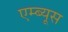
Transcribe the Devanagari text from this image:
एम्ब्यूस